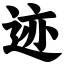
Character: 迹